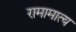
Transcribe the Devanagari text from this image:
रामामात्य